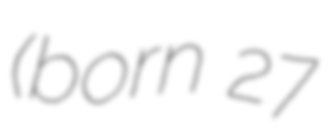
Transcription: (born 27